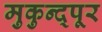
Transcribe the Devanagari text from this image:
मुकुन्द्पूर